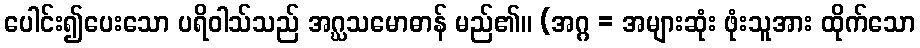
ပေါင်း၍ပေးသော ပရိဝါသ်သည် အဂ္ဃသမောဓာန် မည်၏။ (အဂ္ဂ = အများဆုံး ဖုံးသူအား ထိုက်သော